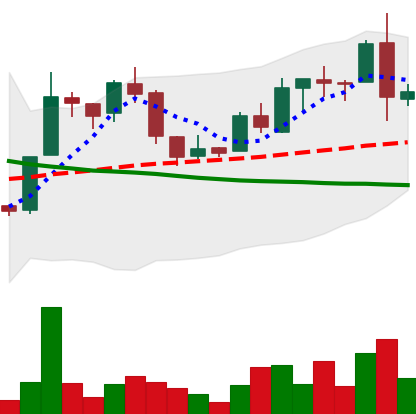
Ticker: LTC-USD
Chart end date: 2015-12-13
Forward return: 3.591%
Label: up_3_5